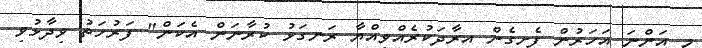
މި އަންނަ އަހަރުން ފެށިގެން އިރާދަކުރެއްވިއްޔާ ރަނގަޅު ކުރާނަން އެކަން" ފަރުހަތު ވިދާޅުވި